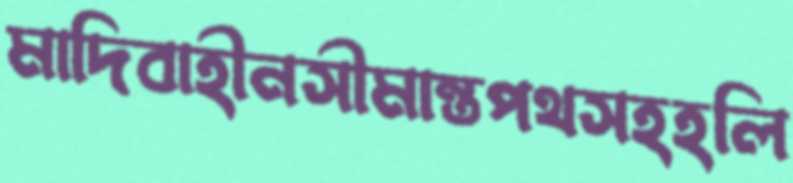
মাদিবাহীনসীমান্তপথসহহলি